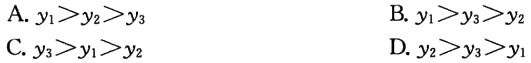
A. \(y_{1}>y_{2}>y_{3}\)
B. \(y_{1}>y_{3}>y_{2}\)
C. \(y_{3}>y_{1}>y_{2}\)
D. \(y_{2}>y_{3}>y_{1}\)